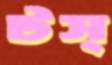
টস্‌